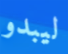
ليبدو